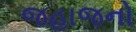
જહાજનો